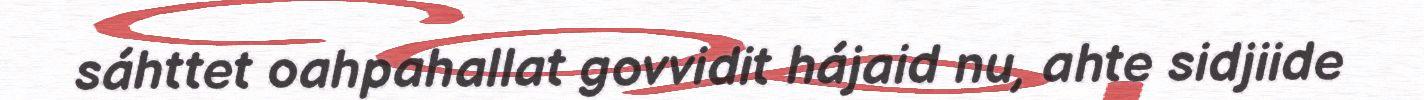
sáhttet oahpahallat govvidit hájaid nu, ahte sidjiide